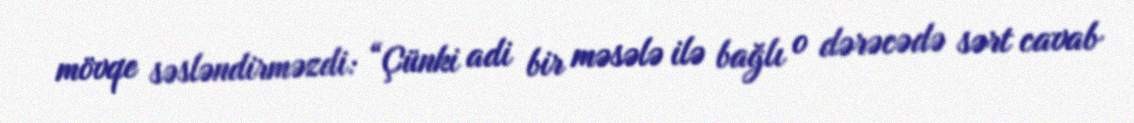
mövqe səsləndirməzdi: “Çünki adi bir məsələ ilə bağlı o dərəcədə sərt cavab